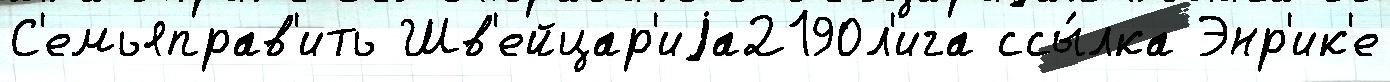
С'емьяправ'ить Шв'ейцар'иjа2190л'ига ссы́лка Энр'ик'е